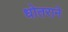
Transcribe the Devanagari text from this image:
धोतराने